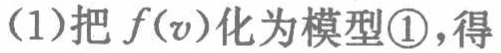
(1)把\(f(v)\)化为模型\textcircled{1}，得